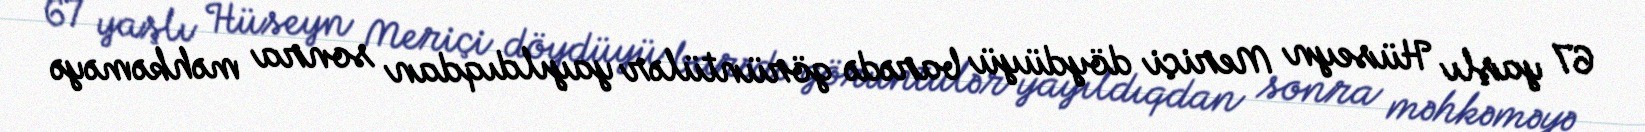
67 yaşlı Hüseyn Meriçi döydüyü barədə görüntülər yayıldıqdan sonra məhkəməyə